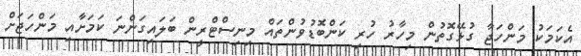
އެކަމަކު މަންހަޖާ ގުޅޭގޮތުން މިހާރު ހުރި ކަންބޮޑުވުންތައް މިނިސްޓްރީން ބަލައިގަންނަ ކަމަށާއި މަންހަޖަށް